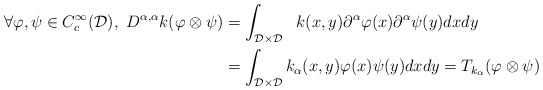
\begin{align*} \forall \varphi,\psi \in C_c^{\infty}(\mathcal{D}),\ D^{\alpha,\alpha}k(\varphi \otimes\psi) &= \int_{\mathcal{D}\times\mathcal{D}}\ \ k(x,y)\partial^{\alpha}\varphi(x)\partial^{\alpha}\psi(y)dxdy \\ &= \int_{\mathcal{D}\times\mathcal{D}}k_{\alpha}(x,y)\varphi(x)\psi(y)dxdy = T_{k_{\alpha}}(\varphi \otimes\psi)\end{align*}